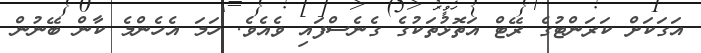
އަގަކަށް ކަރަންޓުގެ ރޭޓް އަތޮޅުތަކުގެ ގެނެސްފައި ވެއެވެ. ހަމަ އެހެންމެ ކާން ބޭނުން